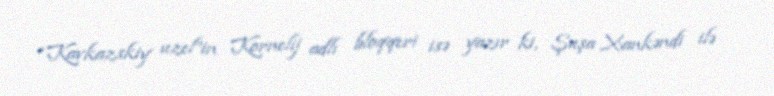
“Kavkazskiy uzel”in Kornelij adlı bloqqeri isə yazır ki, Şuşa Xankəndi ilə